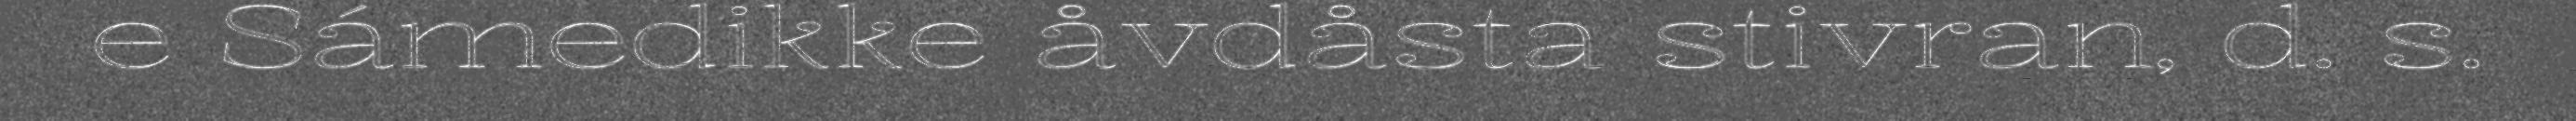
e Sámedikke åvdåsta stivran, d. s.